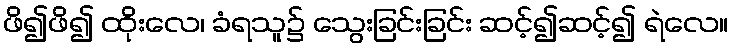
ဖိ၍ဖိ၍ ထိုးလေ၊ ခံရသူ၌ သွေးခြင်းခြင်း ဆင့်၍ဆင့်၍ ရဲလေ။